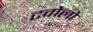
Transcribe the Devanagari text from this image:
टवोलो